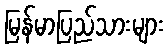
မြန်မာပြည်သားများ